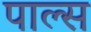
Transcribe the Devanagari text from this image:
पाल्स